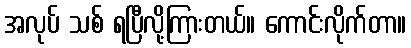
အလုပ် သစ် ရပြီလို့ကြားတယ်။ ကောင်းလိုက်တာ။